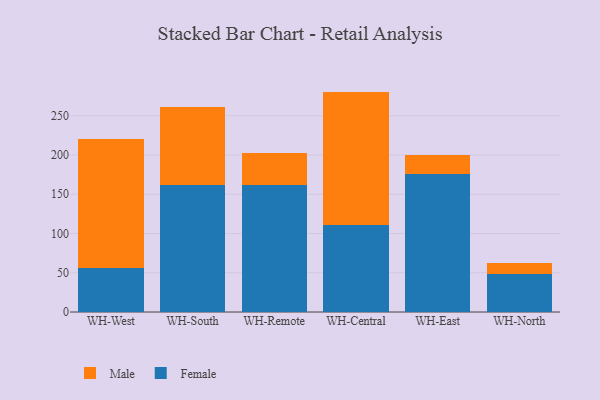
{"axis": {"x": "Warehouse", "y": "Energy Usage (MWh)"}, "legend": ["Female", "Male"], "data": [{"x": "WH-West", "y": 56.0, "type": "Female"}, {"x": "WH-West", "y": 164.6, "type": "Male"}, {"x": "WH-South", "y": 161.2, "type": "Female"}, {"x": "WH-South", "y": 100.1, "type": "Male"}, {"x": "WH-Remote", "y": 161.5, "type": "Female"}, {"x": "WH-Remote", "y": 41.5, "type": "Male"}, {"x": "WH-Central", "y": 110.2, "type": "Female"}, {"x": "WH-Central", "y": 170.5, "type": "Male"}, {"x": "WH-East", "y": 175.9, "type": "Female"}, {"x": "WH-East", "y": 24.6, "type": "Male"}, {"x": "WH-North", "y": 48.8, "type": "Female"}, {"x": "WH-North", "y": 13.7, "type": "Male"}]}